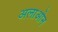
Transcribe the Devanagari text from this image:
अलाओन